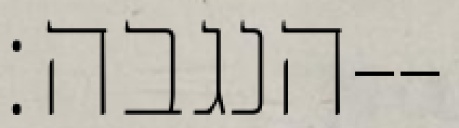
הנגבה׃--